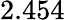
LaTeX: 2.454